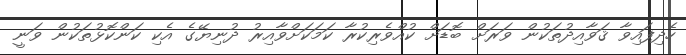
ހެދިފައިވާ ޤަވާއިދުތަކުން ވަރަށް ބޮޑަށް ކުއްވެރިކުރާ ކަމަކަށްވާއިރު ދުނިޔޭގެ އެކި ކަންކޮޅުތަކުން ވަނީ